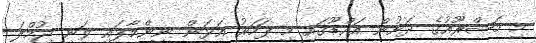
މި މަޝްރޫއުގެ ދަށުން އައްޑޫގައި މި ފަހަރު އަޅަން ނިންމާފައި ވަނީ ޖުމްލަ